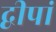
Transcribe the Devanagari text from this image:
द्वीपां